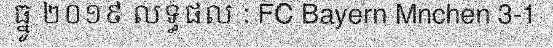
ធ្នូ ២០១៩ លទ្ធផល : FC Bayern Mnchen 3-1